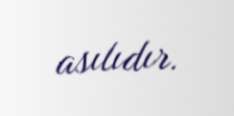
asılıdır.